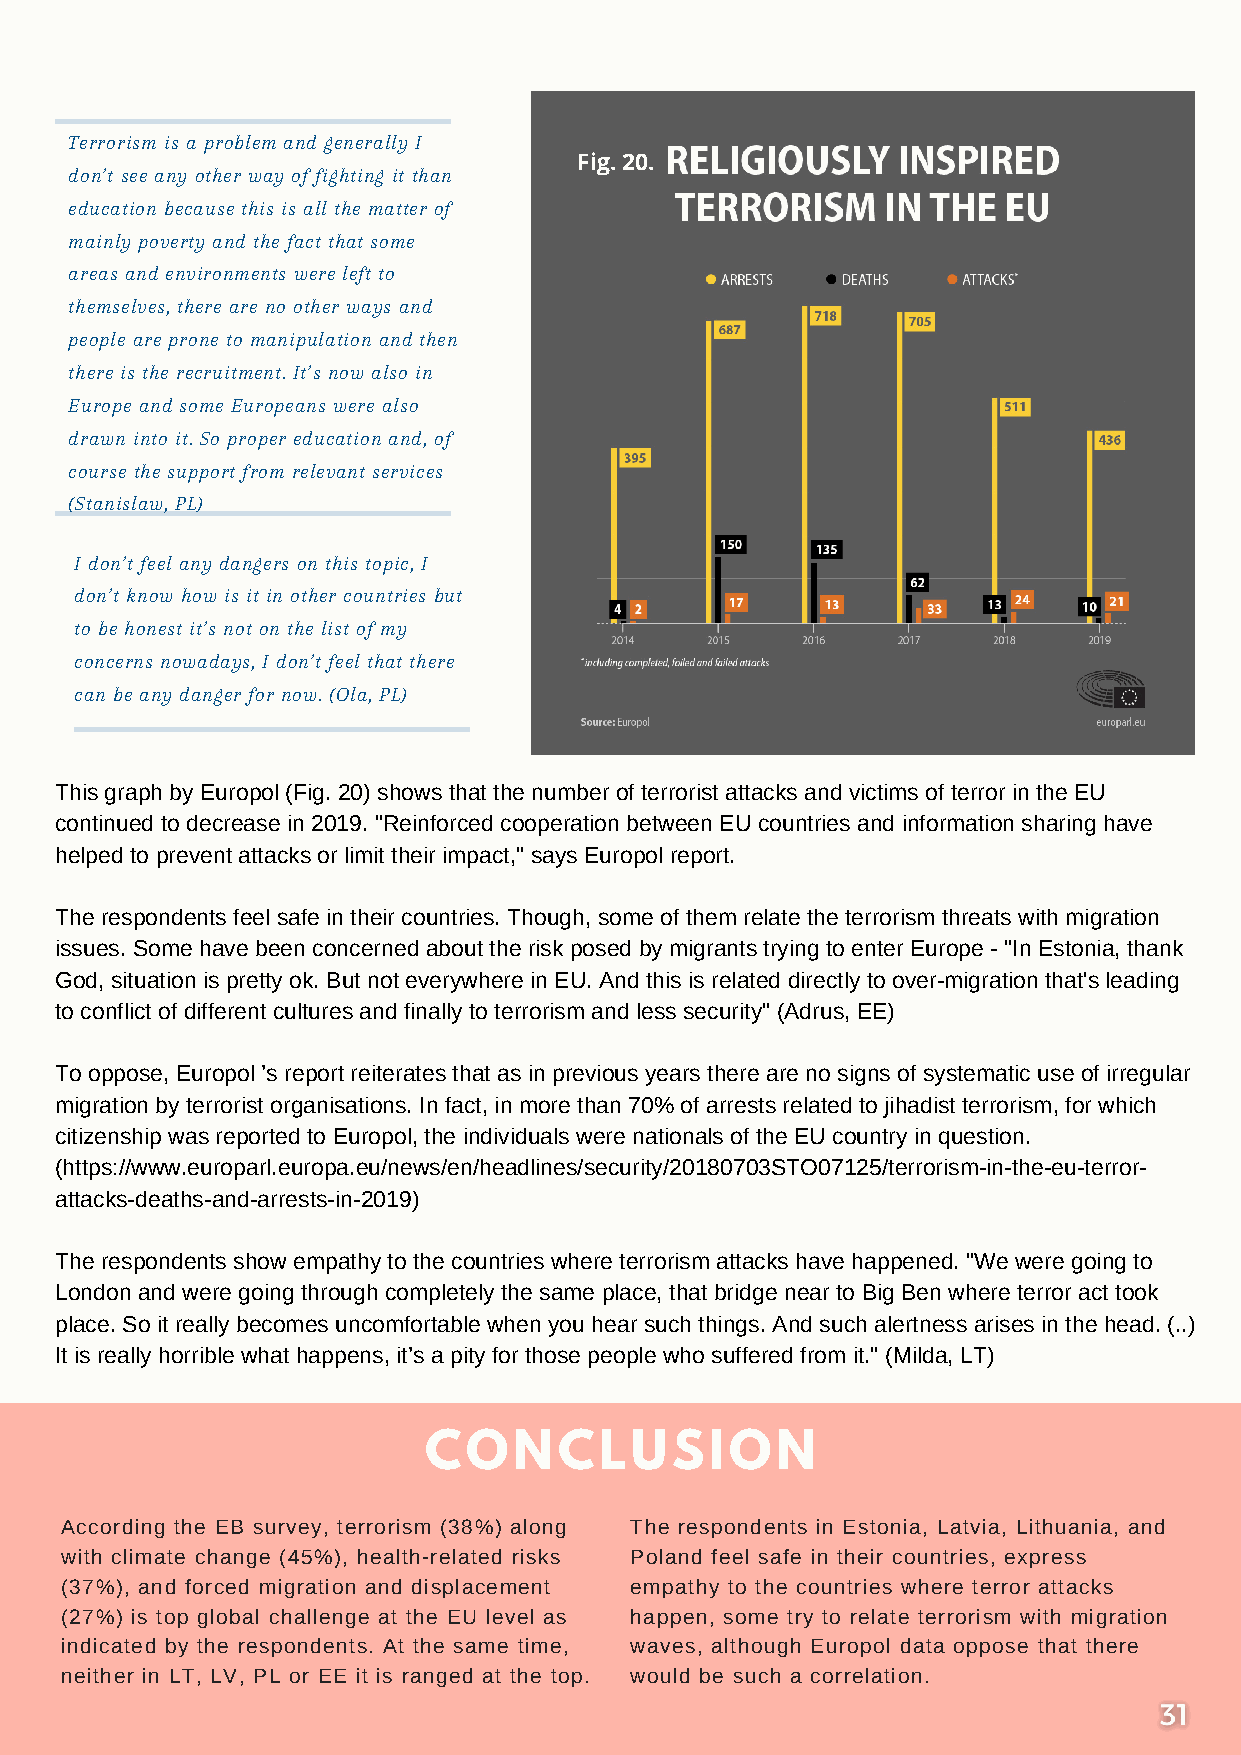
Terrorism is a problem and generally I
 Fig. 20.
 don’t see any other way of fighting it than
 education because this is all the matter of
 mainly poverty and the fact that some
 areas and environments were left to
 themselves, there are no other ways and
 people are prone to manipulation and then
 there is the recruitment. It’s now also in
 Europe and some Europeans were also
 drawn into it. So proper education and, of
 course the support from relevant services
 (Stanislaw, PL)
 I don’t feel any dangers on this topic, I
 don’t know how is it in other countries but
 to be honest it’s not on the list of my
 concerns nowadays, I don’t feel that there
 can be any danger for now. (Ola, PL)
 This graph by Europol (Fig. 20) shows that the number of terrorist attacks and victims of terror in the EU
 continued to decrease in 2019. "Reinforced cooperation between EU countries and information sharing have
 helped to prevent attacks or limit their impact," says Europol report.
 The respondents feel safe in their countries. Though, some of them relate the terrorism threats with migration
 issues. Some have been concerned about the risk posed by migrants trying to enter Europe - "In Estonia, thank
 God, situation is pretty ok. But not everywhere in EU. And this is related directly to over-migration that's leading
 to conflict of different cultures and finally to terrorism and less security" (Adrus, EE)
 To oppose, Europol ’s report reiterates that as in previous years there are no signs of systematic use of irregular
 migration by terrorist organisations. In fact, in more than 70% of arrests related to jihadist terrorism, for which
 citizenship was reported to Europol, the individuals were nationals of the EU country in question.
 (https://www.europarl.europa.eu/news/en/headlines/security/20180703STO07125/terrorism-in-the-eu-terror-
 attacks-deaths-and-arrests-in-2019)
 The respondents show empathy to the countries where terrorism attacks have happened. "We were going to
 London and were going through completely the same place, that bridge near to Big Ben where terror act took
 place. So it really becomes uncomfortable when you hear such things. And such alertness arises in the head. (..)
 It is really horrible what happens, it’s a pity for those people who suffered from it." (Milda, LT)
 CONCLUSION
 According the EB survey, terrorism (38%) along The respondents in Estonia, Latvia, Lithuania, and
 with climate change (45%), health-related risks Poland feel safe in their countries, express
 (37%), and forced migration and displacement empathy to the countries where terror attacks
 (27%) is top global challenge at the EU level as happen, some try to relate terrorism with migration
 indicated by the respondents. At the same time, waves, although Europol data oppose that there
 neither in LT, LV, PL or EE it is ranged at the top. would be such a correlation.